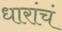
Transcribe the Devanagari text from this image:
धारांचं